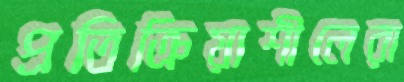
প্রতিক্রিয়াশীলেরা